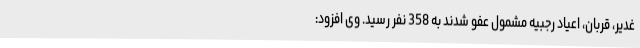
غدیر، قربان، اعیاد رجبیه مشمول عفو شدند به 358 نفر رسید. وی افزود: